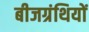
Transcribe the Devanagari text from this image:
बीजग्रंथियों